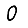
Digit: 0